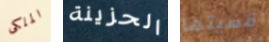
الملكى الحزينة قضيتها